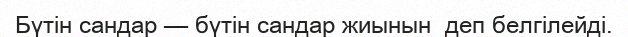
Бүтін сандар — бүтін сандар жиынын  деп белгілейді.